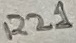
Text: R21